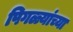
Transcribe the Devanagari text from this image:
पिगळ्यांच्या